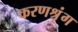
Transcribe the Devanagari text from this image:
करणश्रृंग